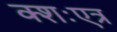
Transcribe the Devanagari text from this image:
क्शःएत्र